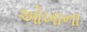
ઓખાના